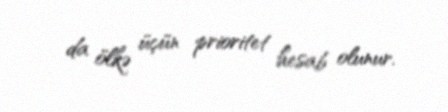
da ölkə üçün prioritet hesab olunur.